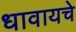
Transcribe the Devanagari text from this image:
धावायचे